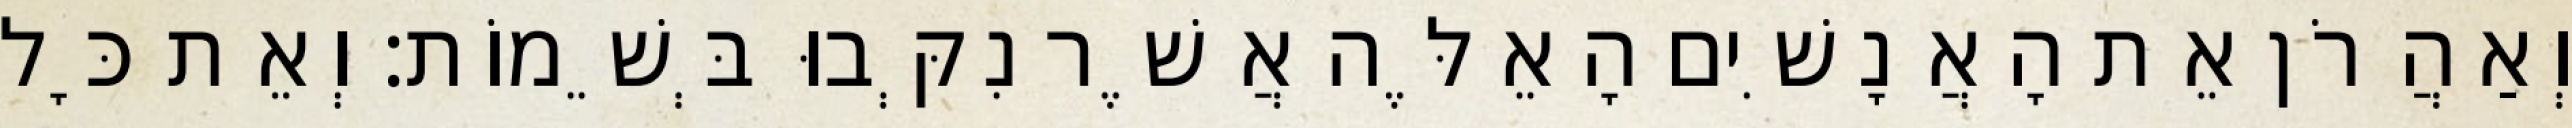
וְאַהֲרֹן אֵת הָאֲנָשִׁים הָאֵלֶּה אֲשֶׁר נִקְּבוּ בְּשֵׁמוֹת׃ וְאֵת כָּל